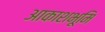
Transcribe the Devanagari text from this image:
आकाशभूमि